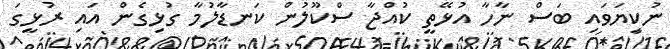
ނުކިޔަވައި ބަސް ނާހާ އުޅޭތީ ކުއްޖާ ސްކޫލުން ކަނޑާލުމާ ގުޅިގެން އައި ރުޅީގަ